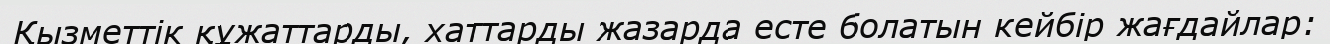
Қызметтік құжаттарды, хаттарды жазарда есте болатын кейбір жағдайлар: